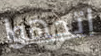
اتجهوا